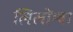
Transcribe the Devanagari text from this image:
लिलोंग्वा